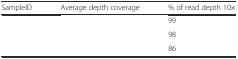
<table><thead><tr><td><b>SampleID</b></td><td><b>Average depth coverage</b></td><td><b>% of read depth 10×</b></td></tr></thead><tbody><tr><td>[EMPTY_CELL]</td><td>[EMPTY_CELL]</td><td>99</td></tr><tr><td>[EMPTY_CELL]</td><td>[EMPTY_CELL]</td><td>98</td></tr><tr><td>[EMPTY_CELL]</td><td>[EMPTY_CELL]</td><td>86</td></tr></tbody></table>